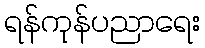
ရန်ကုန်ပညာရေး